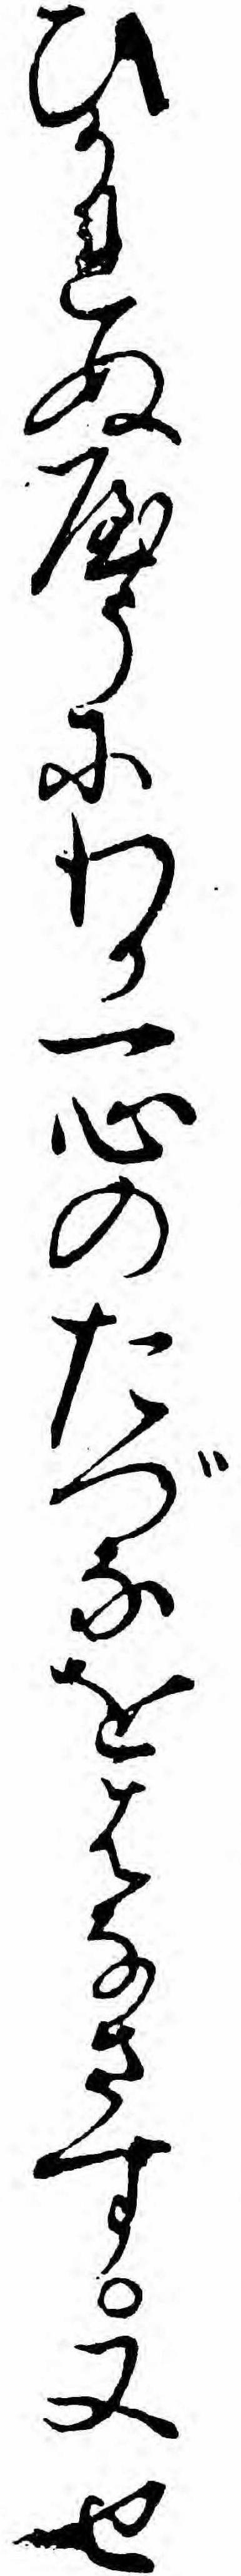
ひかれぬやうにわか一心のたづなをはなさす又せ